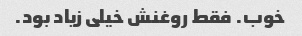
خوب. فقط روغنش خیلی زیاد بود.